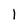
Character: 1